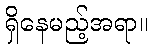
ရှိနေမည့်အရာ။